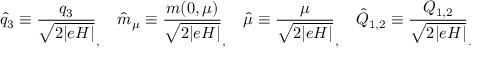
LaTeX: \hat { q } _ { 3 } \equiv \frac { q _ { 3 } } { \sqrt { 2 \vert e H \vert } } _ { , } ~ ~ ~ \hat { m } _ { \mu } \equiv \frac { m ( 0 , \mu ) } { \sqrt { 2 \vert e H \vert } } _ { , } ~ ~ ~ \hat { \mu } \equiv \frac { \mu } { \sqrt { 2 \vert e H \vert } } _ { , } ~ ~ ~ \hat { Q } _ { 1 , 2 } \equiv \frac { Q _ { 1 , 2 } } { \sqrt { 2 \vert e H \vert } } _ { . }